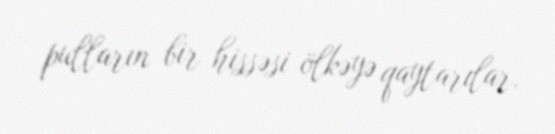
pulların bir hissəsi ölkəyə qaytarılar.